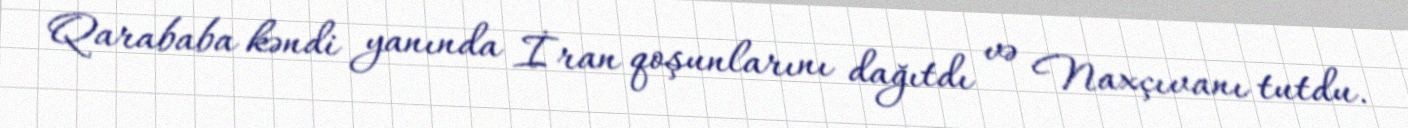
Qarababa kəndi yanında İran qoşunlarını dağıtdı və Naxçıvanı tutdu.